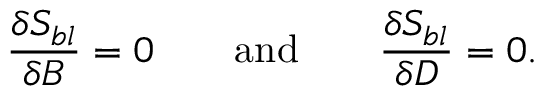
\frac { \delta S _ { b l } } { \delta { \cal B } } = 0 \mathrm { ~ \ \ \ \ \ a n d ~ \ \ \ \ \ } \frac { \delta S _ { b l } } { \delta { \cal D } } = 0 .